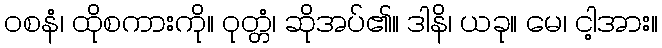
ဝစနံ၊ ထိုစကားကို။ ဝုတ္တံ၊ ဆိုအပ်၏။ ဒါနိ၊ ယခု။ မေ၊ ငါ့အား။